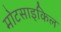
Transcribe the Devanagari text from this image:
मोटसाइकिल